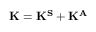
\mathbf { K } = \mathbf { K ^ { S } } + \mathbf { K ^ { A } }